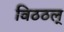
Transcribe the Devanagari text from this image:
विठठल्